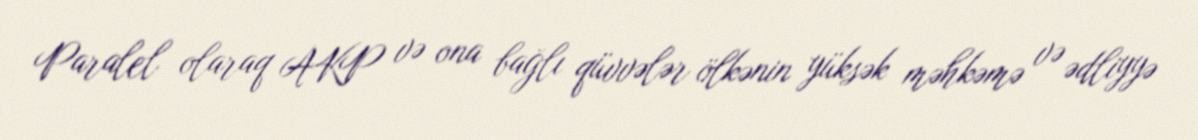
Paralel olaraq AKP və ona bağlı qüvvələr ölkənin yüksək məhkəmə və ədliyyə